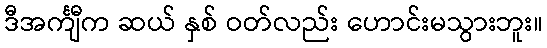
ဒီအင်္ကျီက ဆယ် နှစ် ဝတ်လည်း ဟောင်းမသွားဘူး။